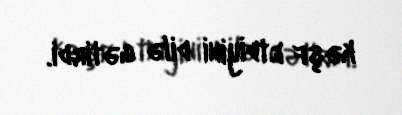
kəşf etdiyini dilə gətirdi.